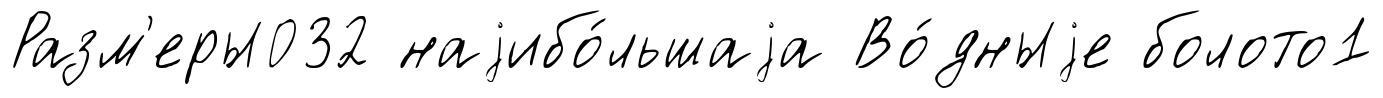
Разм'еры032 наjибо́льшаjа Во́дныjе болото1